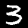
Label: 3